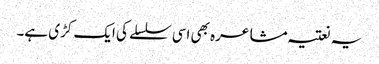
یہ نعتیہ مشاعرہ بھی اسی سلسلے کی ایک کڑی ہے۔